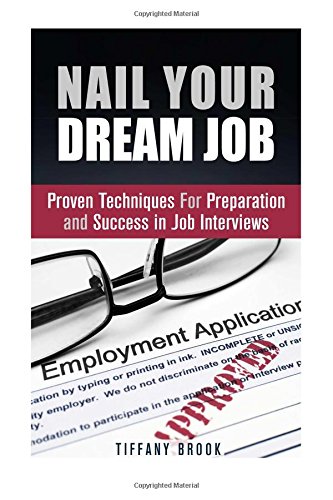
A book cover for Nail Your Dream Job: Proven Techniques For Preparation and Success in Job Interviews (Job Hunting Guide); Tiffany Brook; Business & Money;